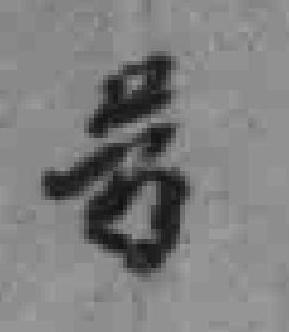
号